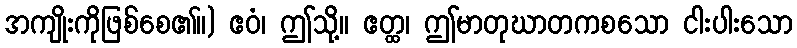
အကျိုးကိုဖြစ်စေ၏။) ဧဝံ၊ ဤသို့။ ဧတ္ထ၊ ဤမာတုဃာတကစသော ငါးပါးသော